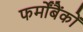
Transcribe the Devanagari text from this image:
फर्मोंबैंकों